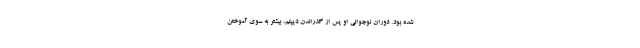
شده بود. دوران نوجوانی او پس از گذراندن دیپلم، بیشتر به سوی آموختن